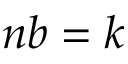
n b = k